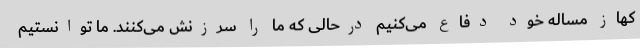
کهاز مساله خود دفاع می‌کنیم درحالی که ما را سرزنش می‌کنند. ما توانستیم